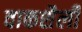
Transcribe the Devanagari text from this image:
वाकशैली